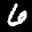
Label: 6